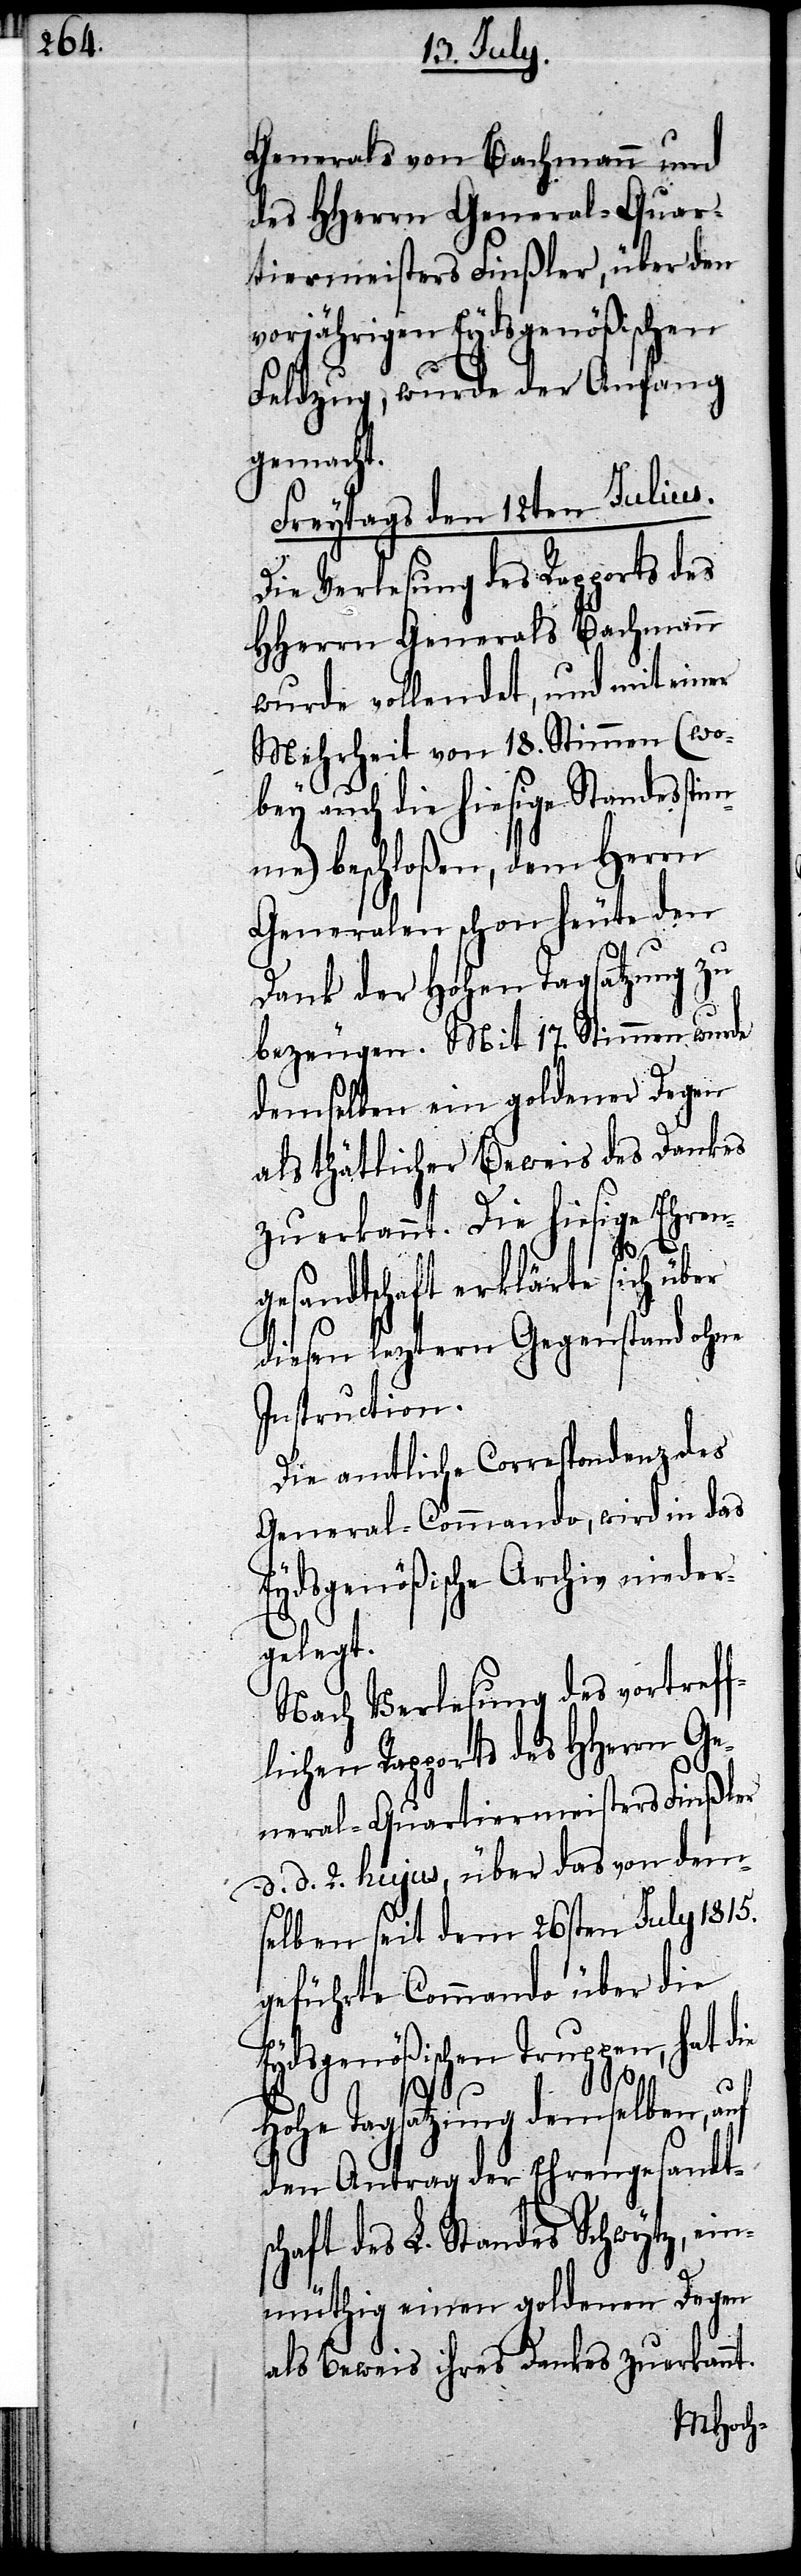
Generals von Bachmann und
des HHerrn General-Quar¬
tiermeisters Finßler, über den
vorjährigen Eydsgenößischen
Feldzug, wurde der Anfang
gemacht.
Freytags den 12ten Julius.
Die Verlesung des Rapports des
HHerrn Generals Bachmann
wurde vollendet, und mit einer
Mehrheit von 18. Stimmen (wo¬
bey auch die hiesige Standesstim¬
me) beschloßen, dem Herrn
Generalen schon heute den
Dank der Hohen Tagsatzung zu
bezeugen. Mit 17. Stimmen wurde
demselben ein goldener Degen
als thätlicher Beweis des Dankes
zuerkannt, Die hiesige Ehren¬
gesandtschaft erklärte sich über
diesen leztern Gegenstand ohne
Instruction.
Die amtliche Correspondenz des
General-Commando, wird in das
Eydsgenößische Archiv nieder¬
gelegt.
Nach Verlesung des vortreff¬
lichen Rapports des Herrn Ge¬
neral-Quartiermeisters Finßler
d. d. 2. hujus, über das von dem¬
selben seit dem 26sten July 1815.
geführte Commando über die
Eydsgenößischen Truppen, hat die
Hohe Tagsatzung demselben,
den Antrag der Ehrengesandts¬
chaft des L. Standes Schwytz, ein¬
müthig einen goldenen Degen
als Beweis ihres Dankes zuerkannt.